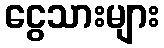
ငွေသားများ